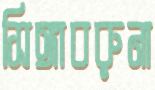
সিঙ্গাবরুনা